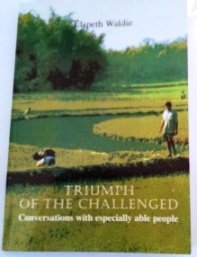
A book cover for Triumph of the Challenged: Conversations with Especially Able People; Elspeth Christina Waldie; Travel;